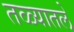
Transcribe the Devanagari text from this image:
तळ्यातले